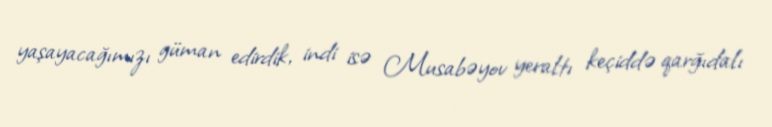
yaşayacağımızı güman edirdik, indi isə Musabəyov yeraltı keçiddə qarğıdalı